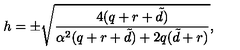
h = \pm \sqrt { \frac { 4 ( q + r + { \tilde { d } } ) } { \alpha ^ { 2 } ( q + r + { \tilde { d } } ) + 2 q ( { \tilde { d } } + r ) } } ,